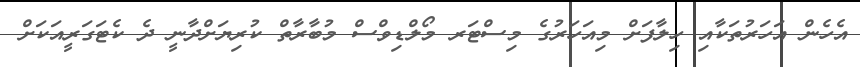
އެހެން އަހަރުތަކާއި ހިލާފަށް މިއަހަރުގެ މިސްޓަރ މޯލްޑިވްސް މުބާރާތް ކުރިޔަށްދާނީ ދެ ކެޓަގަރީއަކަށް